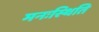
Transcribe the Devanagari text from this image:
मनःस्‍थिति